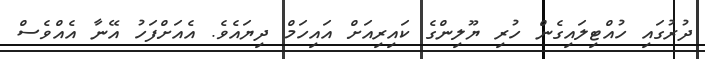
ދުރުގައި ހުއްޓިލައިގެން ހުރި ޔޫލިންގެ ކައިރިއަށް އައިހަމް ދިޔައެވެ. އެއަށްފަހު އޭނާ އެއްވެސް